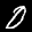
Label: 0